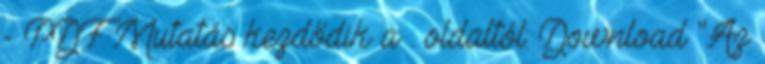
- PDF Mutatás kezdődik a . oldaltól: Download "Az